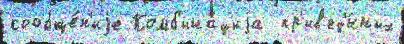
сообще́н'иjе Комб'ина́циjа  пр'ив'ед'́нных